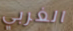
الغربي